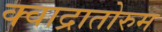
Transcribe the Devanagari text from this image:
क्वाद्रातोरुम